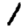
Digit: 1